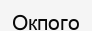
Окпого